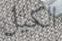
الكيل